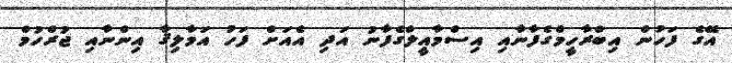
އޭގެ ފަހުން އިބްރާހީމްގެފާނާއި އިސްމާއީލްގެފާނު އަދި އެއަށް ފަހު އަމާލިޤާ އިންނާއި ޖުރްހުމް